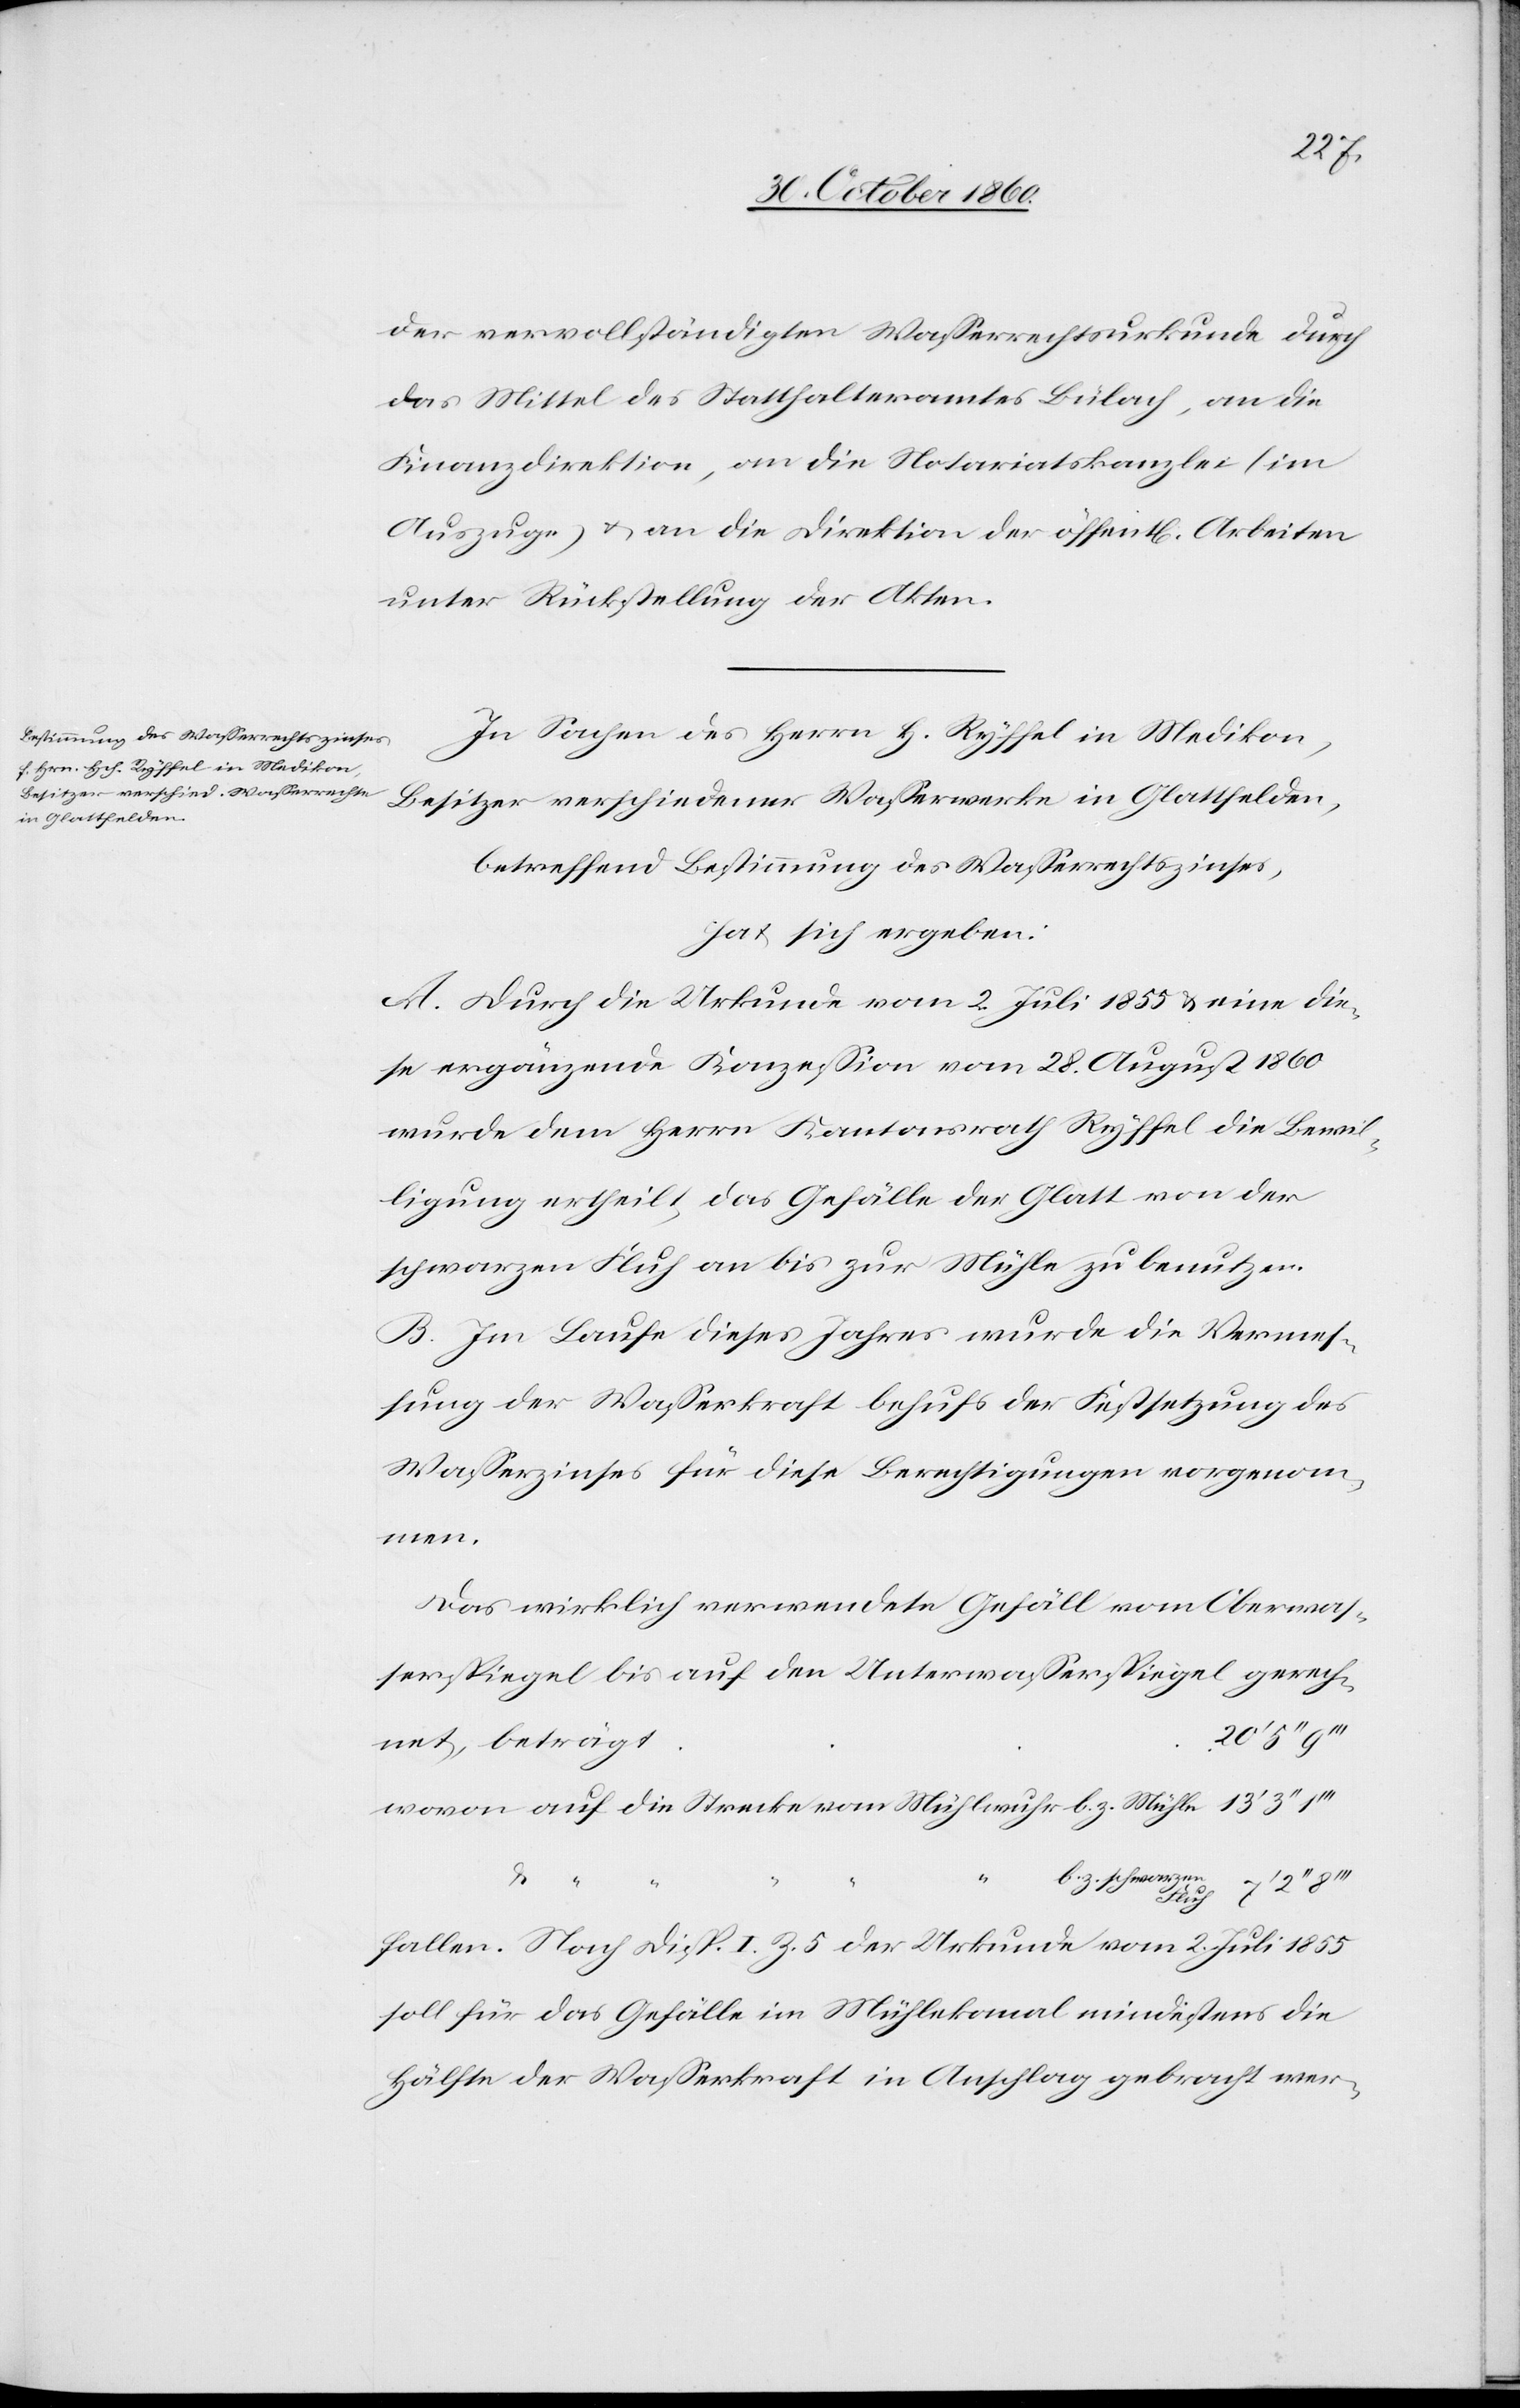
der vervollständigten Wasserrechtsurkunde durch
das Mittel des Statthalteramtes Bülach, an die
Finanzdirektion, an die Notariatskanzlei (im
Auszuge) u. an die Direktion der öffent[lichen] Arbeiten
unter Rückstellung der Akten.
In Sachen des Herrn H. Ryffel in Medikon,
Besitzer verschiedener Wasserwerke in Glattfelden,
betreffend Bestimmung des Wasserrechtszinses,
hat sich ergeben:
A. Durch die Urkunde vom 2. Juli 1855 u. eine die¬
se ergänzende Konzession vom 28. August 1860
wurde dem Herrn Kantonsrath Ryffel die Bewil¬
ligung ertheilt, das Gefälle der Glatt von der
schwarzen Fluh an bis zur Mühle zu benutzen.
B. Im Laufe dieses Jahres wurde die Vermes¬
sung der Wasserkraft behufs der Festsetzung des
Wasserzinses für diese Berechtigungen vorgenom¬
men.
Das wirklich verwendete Gefälle vom Oberwas¬
serspiegel bis auf den Unterwasserspiegel gerech¬
b. z.
net, beträgt
u.
“
b z. schwarzen Fluh
fallen. Nach Disp. I Z. 5 der Urkunde vom 2. Juli 1855
soll für das Gefälle im Mühlekanal mindestens die
Hälfte der Wasserkraft in Anschlag gebracht wer-